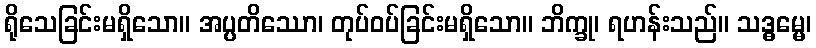
ရိုသေခြင်းမရှိသော။ အပ္ပတိဿော၊ တုပ်ဝပ်ခြင်းမရှိသော။ ဘိက္ခု၊ ရဟန်းသည်။ သဒ္ဓမ္မေ၊